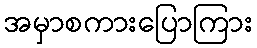
အမှာစကားပြောကြား